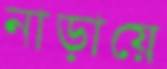
নাড়ায়ে